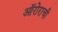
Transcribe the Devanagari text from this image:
ऑरोराची